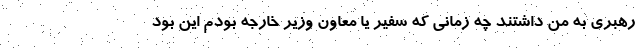
رهبري به من داشتند چه زماني كه سفير يا معاون وزير خارجه بودم اين بود